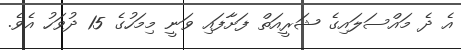
އެ ދެ މައްސަލައިގެ ޝަރީއަތް ފަށާފައި ވަނީ މިމަހުގެ 15 ދުވަހު އެވެ.